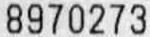
8970273